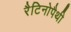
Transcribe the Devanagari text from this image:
रैटिनोपैथी